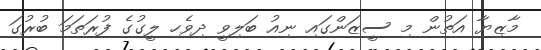
މާޒިޔާ އަތުން މި ސީޒަންގައި ނިއު ބަލިވީ ދިވެހި ލީގުގެ ފުރަތަމަ ބުރުގަ